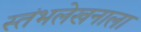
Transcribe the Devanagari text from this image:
स्तंभलेखनाला